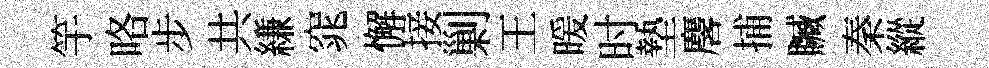
竽咯步共縑窕懈接剿王暖时墊麐捕贓秦縱